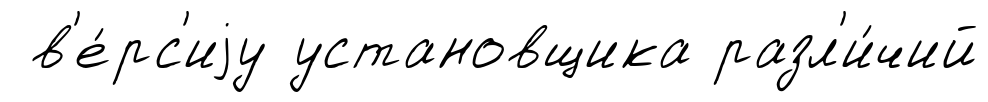
в'е́рс'иjу установщика разл'и́чий